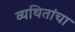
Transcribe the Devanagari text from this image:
व्यथितांचा